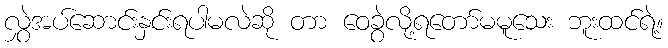
လွှဲအပ်ဆောင်းနှင်းရပါမလဲဆို တာ ဝေခွဲလို့ရတော်မမူသေး ဘူးထင်ရဲ့။